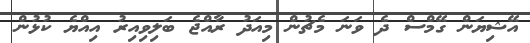
އޭޝިޔަން ގޭމްސް ދެ ވަނަ މެޗުން މިއަދު ރާއްޖެ ބަލިވިއިރު އިއްޔެ ކުޅުން